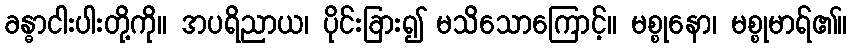
ခန္ဓာငါးပါးတို့ကို။ အပရိညာယ၊ ပိုင်းခြား၍ မသိသောကြောင့်။ မစ္စုနော၊ မစ္စုမာရ်၏။